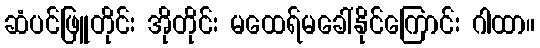
ဆံပင်ဖြူတိုင်း အိုတိုင်း မထေရ်မခေါ်နိုင်ကြောင်း ဂါထာ။